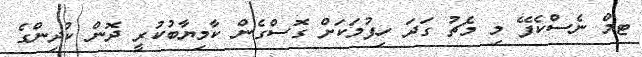
ޓމް ނެސްކެފޭ މި މެޗު ގަދަ ހިފުމަކަށް ގޮސްގެން ކާމިޔާބުކުރީ ދޮން ކުދިންގެ